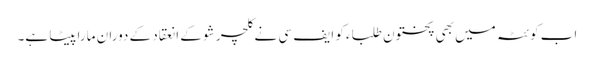
اب کوئٹہ میں بھی پختون طلباء کو ایف سی نے کلچر شو کے انعقاد کے دوران مارا پیٹا ہے۔